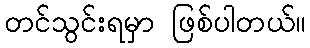
တင်သွင်းရမှာ ဖြစ်ပါတယ်။